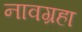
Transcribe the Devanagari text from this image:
नावग्रहा